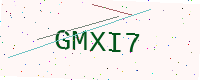
Text: GMXI7